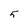
Character: 5